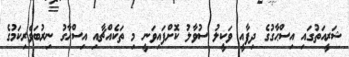
ޝަރީއަތުގައި އިސްޙާގުގެ ދިފާއީ ވަކީލު ސުވާލު ކޮށްފައިވަނީ މި ތަކެއްޗާއި އިސްޙާގު ނިރުބަވެރިކަމުގެ